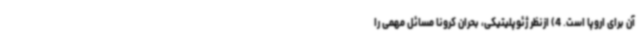
آن برای اروپا است. 4) ازنظر ژئوپلیتیکی، بحران کرونا مسائل مهمی را